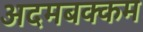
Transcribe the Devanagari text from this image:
अदमबक्कम